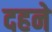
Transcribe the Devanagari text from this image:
दहने